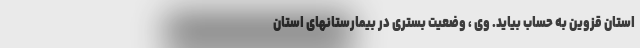
استان قزوین به حساب بیاید. وی ، وضعیت بستری در بیمارستانهای استان